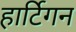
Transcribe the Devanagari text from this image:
हार्टिगन